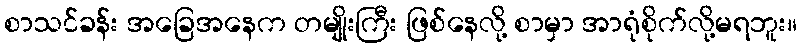
စာသင်ခန်း အခြေအနေက တမျိုးကြီး ဖြစ်နေလို့ စာမှာ အာရုံစိုက်လို့မရဘူး။